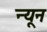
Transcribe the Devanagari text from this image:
न्‍यून